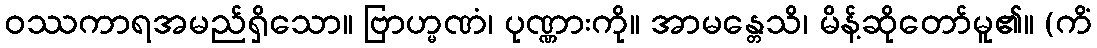
ဝဿကာရအမည်ရှိသော။ ဗြာဟ္မဏံ၊ ပုဏ္ဏားကို။ အာမန္တေသိ၊ မိန့်ဆိုတော်မူ၏။ (ကိံ